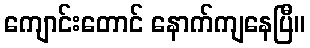
ကျောင်းတောင် နောက်ကျနေပြီ။